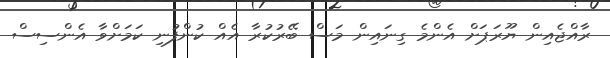
ރާއްޖެއިން ޔޫރަޕަށް އެންމެ ގިނައިން މަސް ބޭރުކުރާ އެއް ކުންފުނި ކަމަށްވާ އެންސިސް